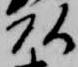
頭